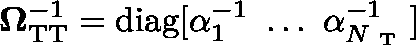
\mathbf { \Omega } _ { \mathrm { T T } } ^ { - 1 } = \mathrm { d i a g } [ \alpha _ { 1 } ^ { - 1 } \ \dots \ \alpha _ { N _ { \mathrm { ~ T ~ } } } ^ { - 1 } ]